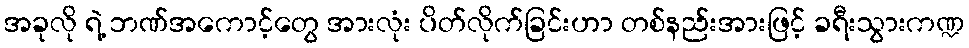
အခုလို ရဲ့ ဘဏ်အကောင့်တွေ အားလုံး ပိတ်လိုက်ခြင်းဟာ တစ်နည်းအားဖြင့် ခရီးသွားကဏ္ဍ